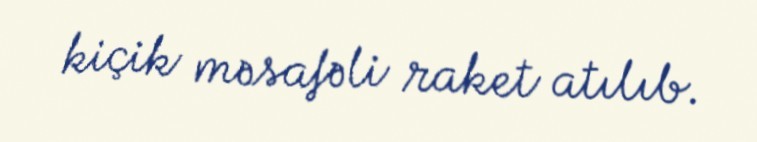
kiçik məsafəli raket atılıb.